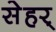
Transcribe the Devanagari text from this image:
सेहर्